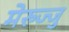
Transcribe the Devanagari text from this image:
मेरुज्जु